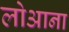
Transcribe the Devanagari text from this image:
लोआना